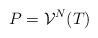
LaTeX: \begin{align*} P={\mathcal{V}}^N(T) \end{align*}